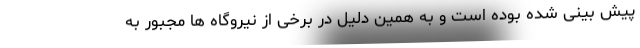
پیش بینی شده بوده است و به همین دلیل در برخی از نیروگاه ها مجبور به